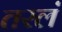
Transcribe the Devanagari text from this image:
तरलं